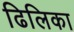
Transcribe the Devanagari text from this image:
ढिलिका